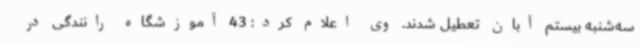
سه‌شنبه بیستم آبان تعطیل شدند. وی اعلام کرد: 43 آموزشگاه رانندگی در